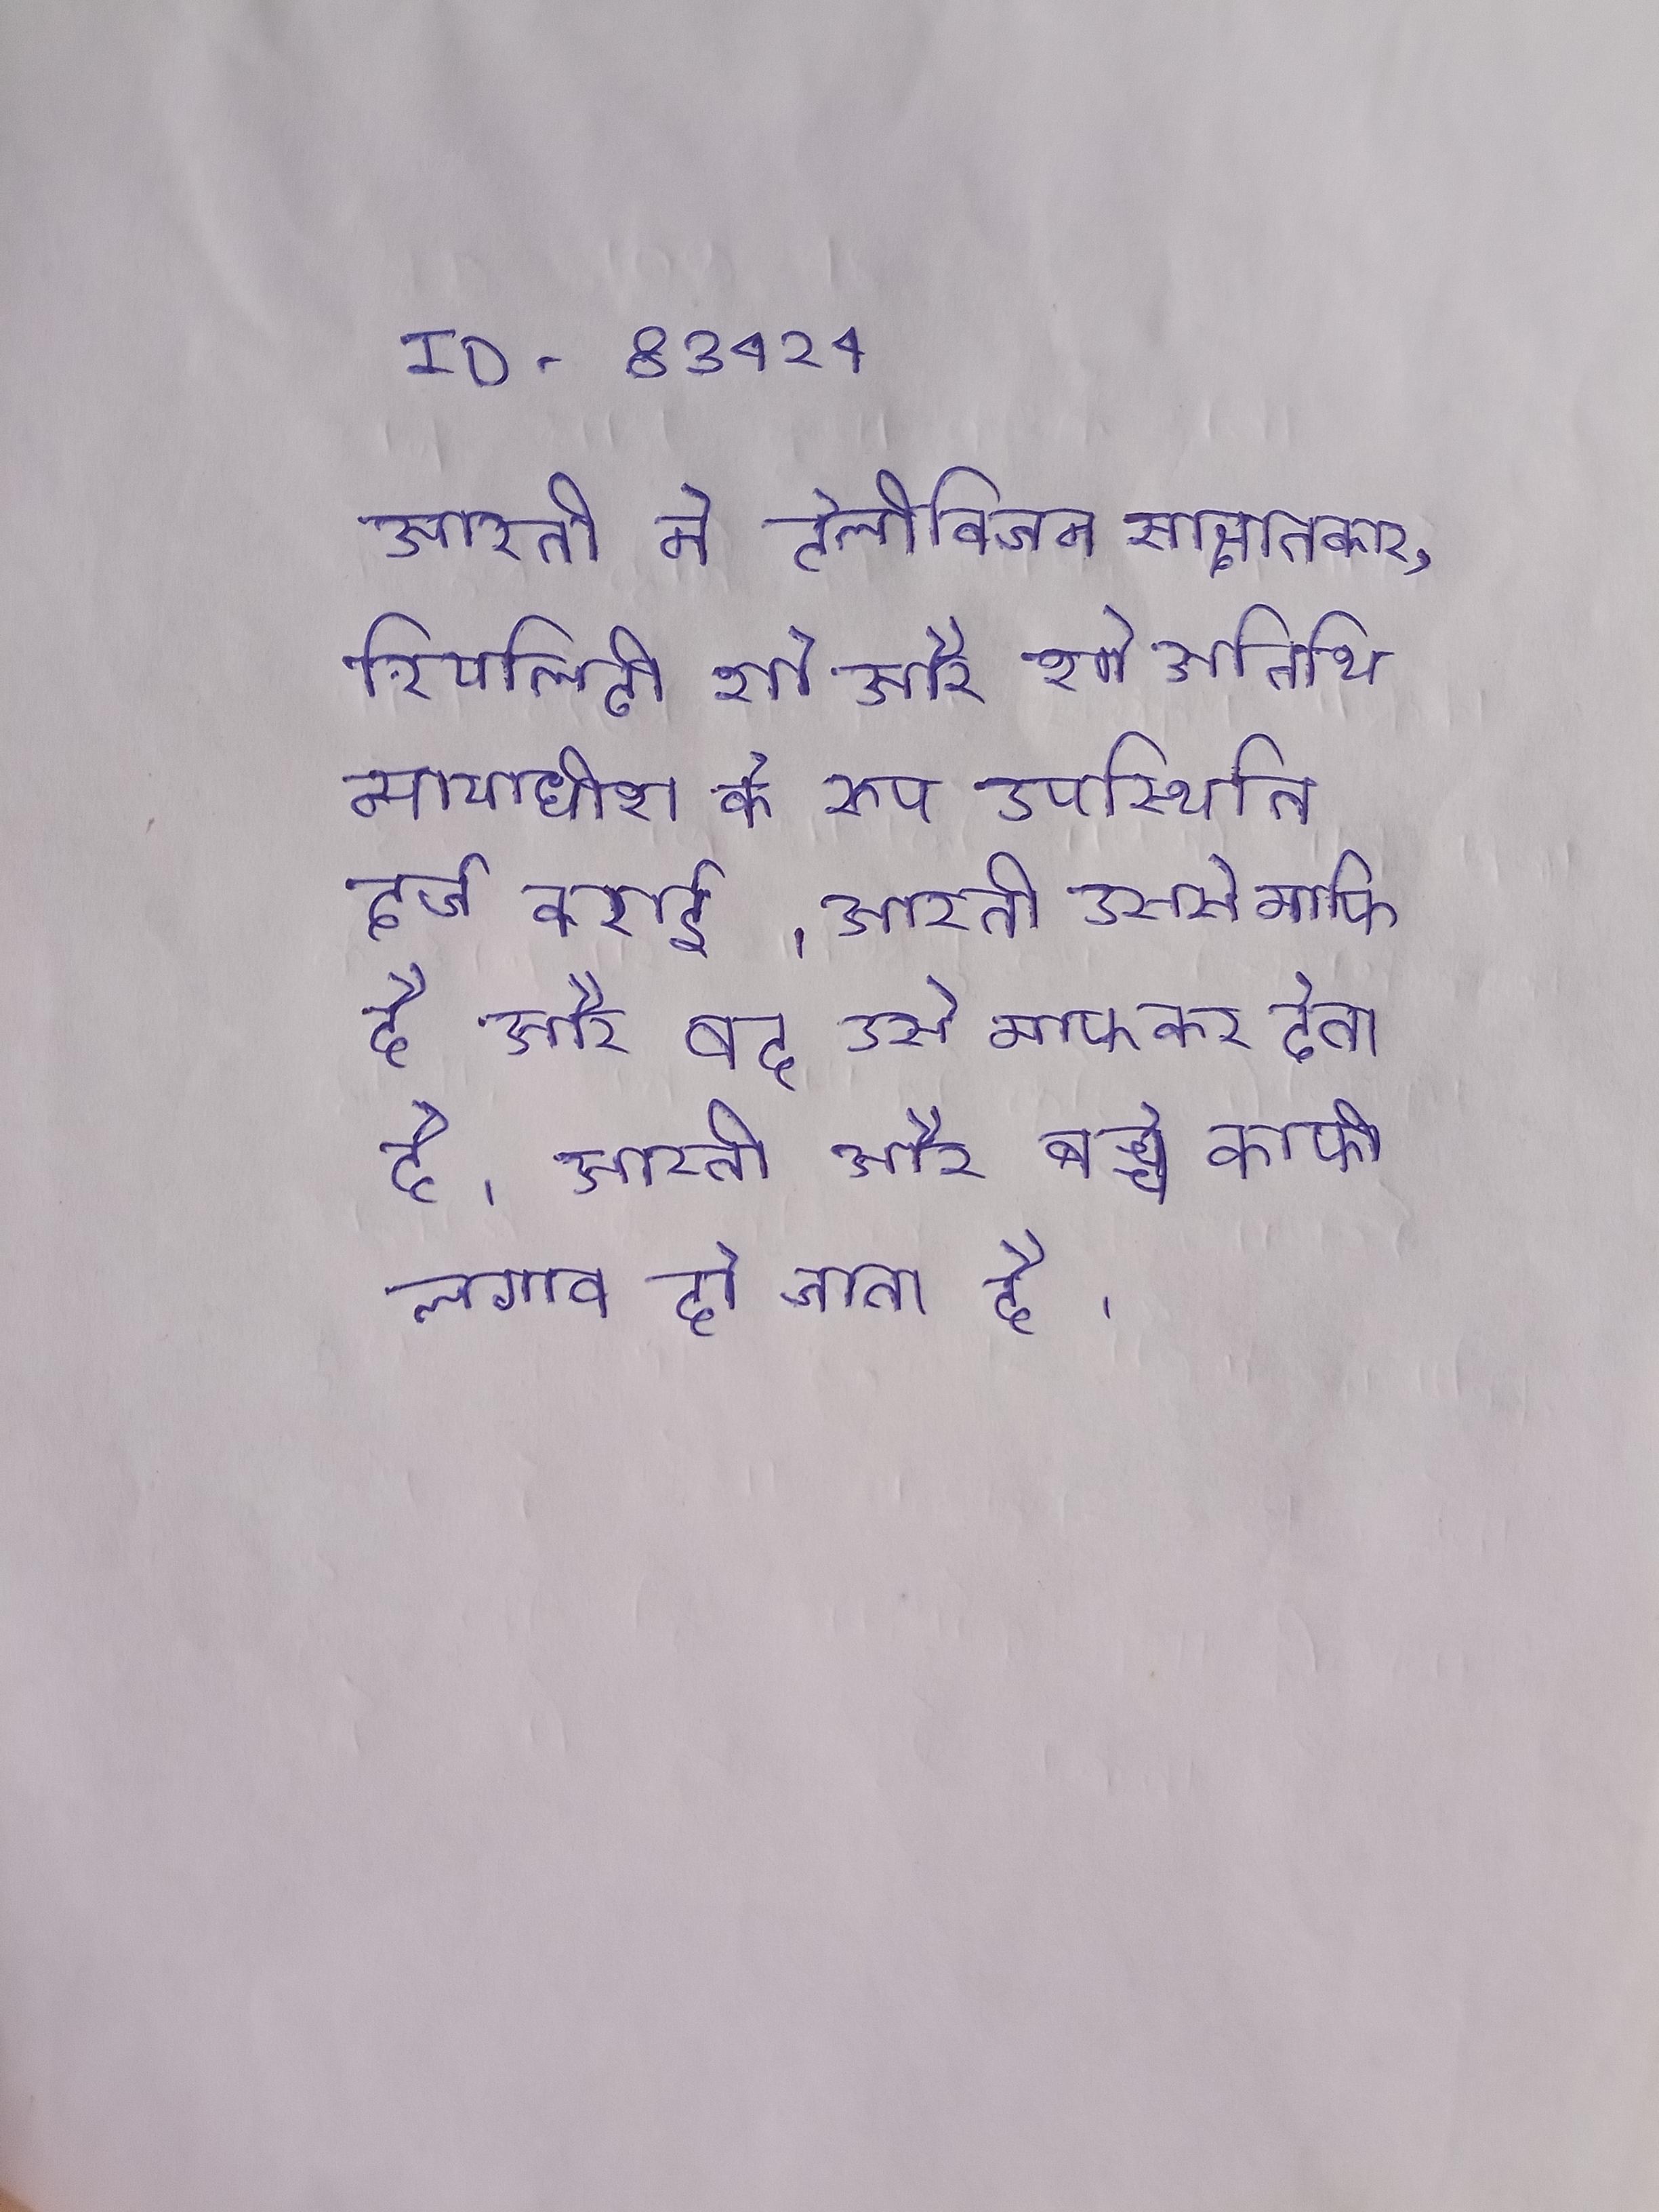
आरती ने टेलीविजन साक्षात्कार, रियलिटी शो और शो अतिथि न्यायाधीश के रूप उपस्थिति दर्ज कराई । आरती उससे माफी है और वह उसे माफ कर देता है । आरती एक बेटा, के साथ एक तलाकशुदा है । आरती और बच्चे काफी लगाव हो जाता है ।